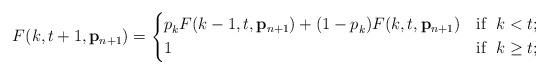
LaTeX: \begin{align*}F(k,t+1,\mathbf{p}_{n+1}) = \begin{dcases}p_{k}^{} F(k-1,t,\mathbf{p}_{n+1}) + (1 - p_{k}^{}) F(k,t,\mathbf{p}_{n+1}) & \textnormal{if } \; k < t; \\1 & \textnormal{if } \; k \ge t; \end{dcases}\end{align*}